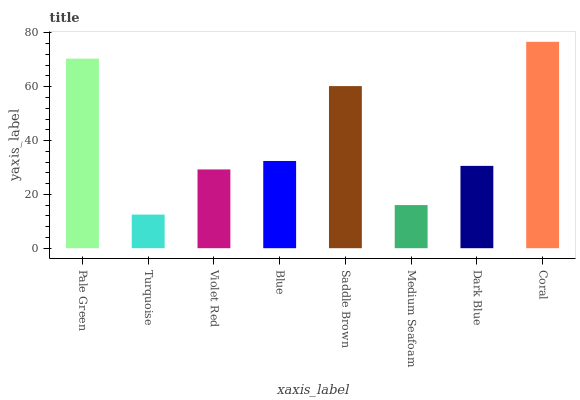
| xaxis_label | bars |
 | --- | --- |
 | Pale Green | 70.5 |
 | Turquoise | 12.5 |
 | Violet Red | 29.3 |
 | Blue | 32.4 |
 | Saddle Brown | 60.3 |
 | Medium Seafoam | 16 |
 | Dark Blue | 30.6 |
 | Coral | 76.7 |